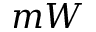
m W